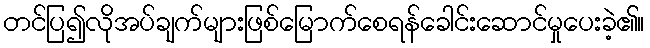
တင်ပြ၍လိုအပ်ချက်များဖြစ်မြောက်စေရန်ခေါင်းဆောင်မှုပေးခဲ့၏။